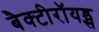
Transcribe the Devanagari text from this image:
बैक्टीरॉयड्स